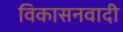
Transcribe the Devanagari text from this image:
विकासनवादी